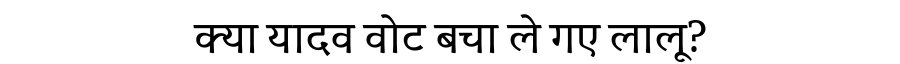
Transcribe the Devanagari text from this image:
क्या यादव वोट बचा ले गए लालू?